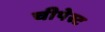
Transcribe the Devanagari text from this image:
चीपेस्ट